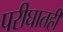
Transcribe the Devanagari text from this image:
परीघातही